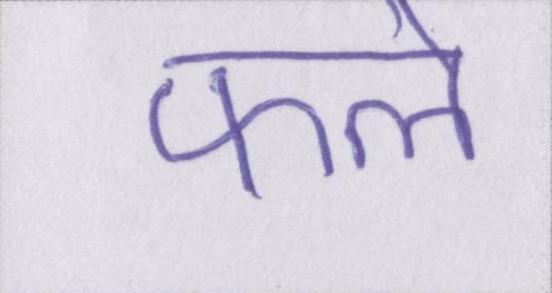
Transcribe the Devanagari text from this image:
फले